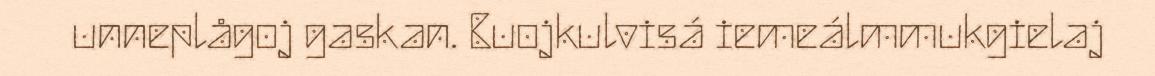
unneplågoj gaskan. Buojkulvisá iemeálmmukgielaj